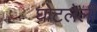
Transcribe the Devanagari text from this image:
घोटलेली